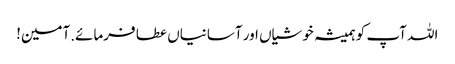
اللہ آپ کو ہمیشہ خوشیاں اور آسانیاں عطا فرمائے.آمین!